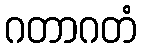
ဂတာဂတံ